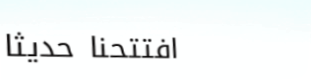
افتتحنا حديثاً